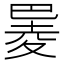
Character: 𪩮